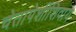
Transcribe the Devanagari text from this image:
चेतापेशींशिवाय